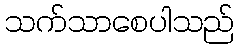
သက်သာစေပါသည်